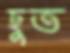
ছুত